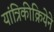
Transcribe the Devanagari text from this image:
यांत्रिकीक्रियेने